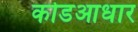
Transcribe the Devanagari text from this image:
कोडआधार